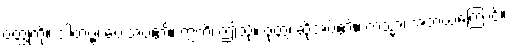
ဝတ္ထုကို။ ဒါတဗ္ဗံ၊ ပေးအပ်၏။ ဣတိ၊ ဤသို့။ ဝုတ္တံ၊ ဆိုအပ်၏။ ကသ္မာ၊ အဘယ်ကြောင့်။